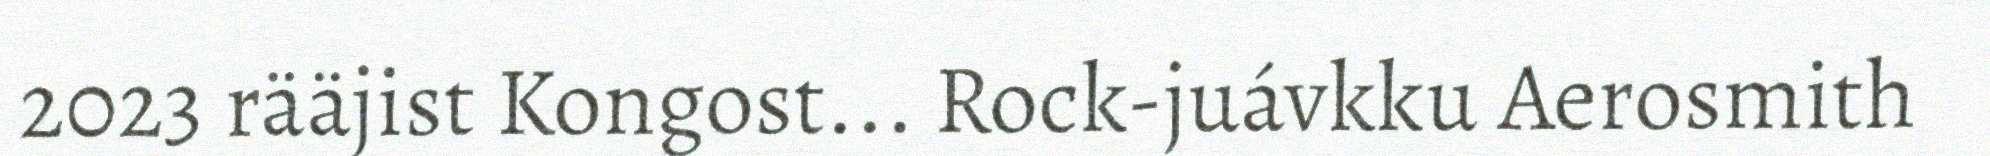
2023 rääjist Kongost... Rock-juávkku Aerosmith